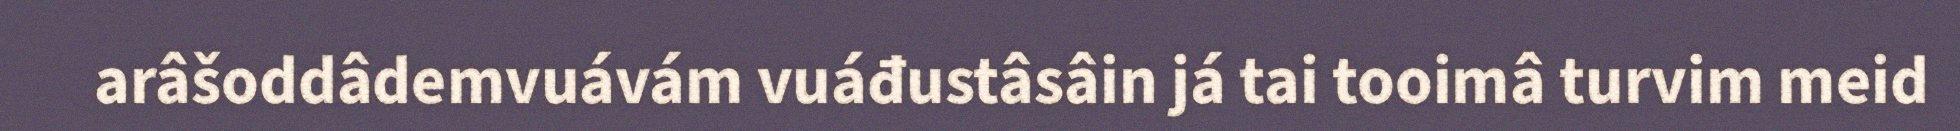
arâšoddâdemvuávám vuáđustâsâin já tai tooimâ turvim meid